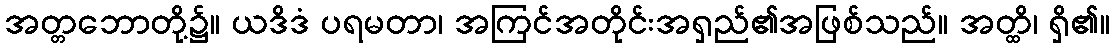
အတ္တဘောတို့၌။ ယဒိဒံ ပရမတာ၊ အကြင်အတိုင်းအရှည်၏အဖြစ်သည်။ အတ္ထိ၊ ရှိ၏။